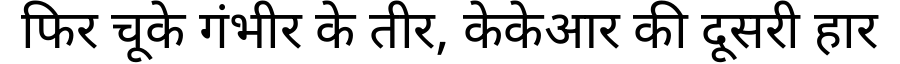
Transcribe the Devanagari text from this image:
फिर चूके गंभीर के तीर, केकेआर की दूसरी हार